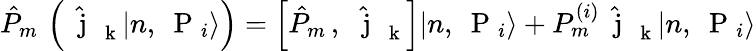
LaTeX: \hat{P}_{m}\, \left(\hat{\mathrm{~\mathbf~j~}}_{\mathrm{~\mathbf~k~}}|n,\mathrm{~\mathbf~P~}_{i}\rangle\right)=\left[\hat{P}_{m}\, ,\, \hat{\mathrm{~\mathbf~j~}}_{\mathrm{~\mathbf~k~}}\right]|n,\mathrm{~\mathbf~P~}_{i}\rangle+P_{m}^{(i)}\hat{\mathrm{~\mathbf~j~}}_{\mathrm{~\mathbf~k~}}|n,\mathrm{~\mathbf~P~}_{i}\rangle